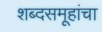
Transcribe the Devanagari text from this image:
शब्दसमूहांचा